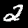
Digit: 2